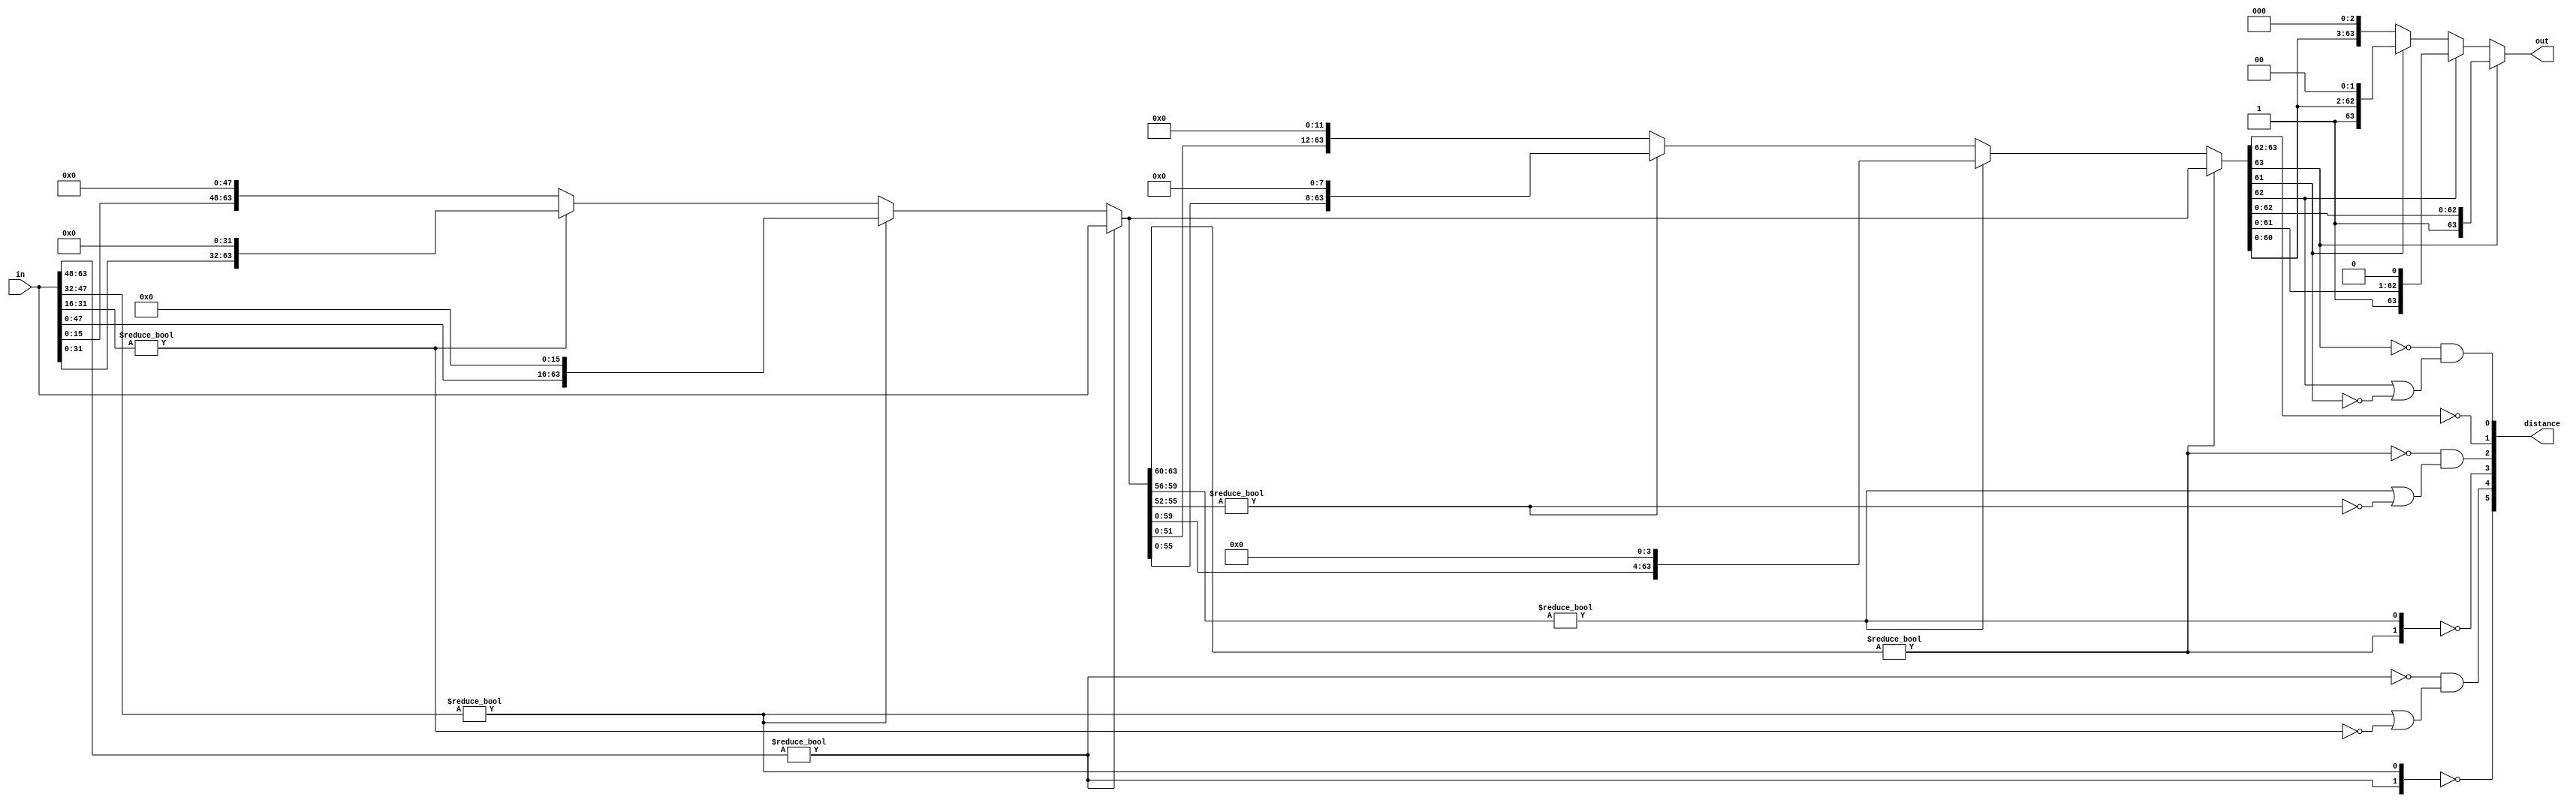

/*----------------------------------------------------------------------------
| If `in' is zero, returns `distance' = 63 and `out' = 0.  Otherwise, returns
| normalized `in' in `out' such that `out[31]' is 1.
*----------------------------------------------------------------------------*/

module normalize64( in, distance, out );

    input  [63:0] in;
    output [5:0]  distance;
    output [63:0] out;

    wire [3:1]  reduce16s;
    wire [5:0]  distance;
    wire [63:0] normTo16;
    wire [3:1]  reduce4s;
    wire [63:0] normTo4, out;

    assign reduce16s[3] = ( in[63:48] != 0 );
    assign reduce16s[2] = ( in[47:32] != 0 );
    assign reduce16s[1] = ( in[31:16] != 0 );
    assign distance[5] = ( reduce16s[3:2] == 0 );
    assign distance[4] = ~ reduce16s[3] & ( reduce16s[2] | ~ reduce16s[1] );
    assign normTo16 =
          reduce16s[3] ? in
        : reduce16s[2] ? in<<16
        : reduce16s[1] ? in<<32
        : in<<48;

    assign reduce4s[3] = ( normTo16[63:60] != 0 );
    assign reduce4s[2] = ( normTo16[59:56] != 0 );
    assign reduce4s[1] = ( normTo16[55:52] != 0 );
    assign distance[3] = ( reduce4s[3:2] == 0 );
    assign distance[2] = ~ reduce4s[3] & ( reduce4s[2] | ~ reduce4s[1] );
    assign normTo4 =
          reduce4s[3] ? normTo16
        : reduce4s[2] ? normTo16<<4
        : reduce4s[1] ? normTo16<<8
        : normTo16<<12;

    assign distance[1] = ( normTo4[63:62] == 0 );
    assign distance[0] = ~ normTo4[63] & ( normTo4[62] | ~ normTo4[61] );
    assign out =
          normTo4[63] ? normTo4
        : normTo4[62] ? normTo4<<1
        : normTo4[61] ? normTo4<<2
        : normTo4<<3;

endmodule